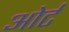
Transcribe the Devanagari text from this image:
ओर्ट